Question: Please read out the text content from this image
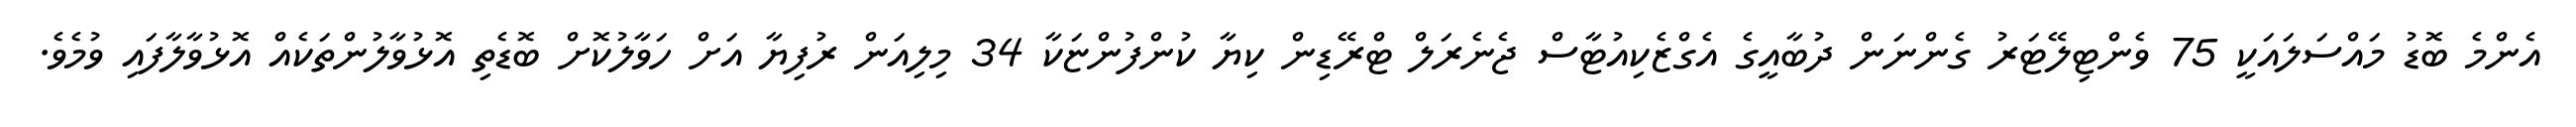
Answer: އެންމެ ބޮޑު މައްސަލައަކީ 75 ވެންޓިލޭޓަރު ގެންނަން ދުބާއީގެ އެގްޒެކިއުޓާސް ޖެނެރަލް ޓްރޭޑިން ކިޔާ ކުންފުންޏަކާ 34 މިލިއަން ރުފިޔާ އަށް ހަވާލުކޮށް ބޮޑެތި އޮޅުވާލުންތަކެއް އޮޅުވާލާފައި ވުމެވެ.